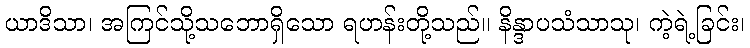
ယာဒိသာ၊ အကြင်သို့သဘောရှိသော ရဟန်းတို့သည်။ နိန္ဒာပသံသာသု၊ ကဲ့ရဲ့ခြင်း၊